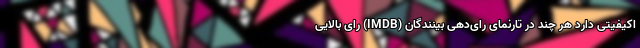
اکیفیتی دارد هر چند در تارنمای رای‌دهیِ بینندگان (IMDB) رای بالایی